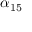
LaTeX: \alpha _ { 1 5 }